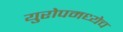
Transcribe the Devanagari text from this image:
युरोपमध्येच